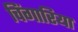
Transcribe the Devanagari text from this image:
चिंगारिया